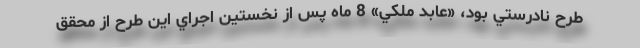
طرح نادرستي بود، «عابد ملكي» 8 ماه پس از نخستين اجراي اين طرح از محقق